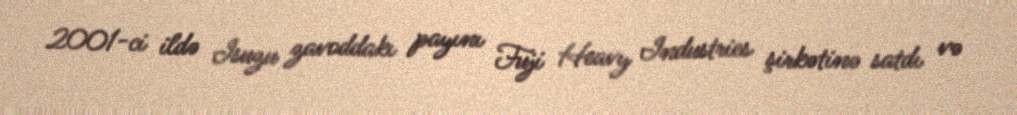
2001-ci ildə Isuzu zavoddakı payını Fuji Heavy Industries şirkətinə satdı və